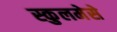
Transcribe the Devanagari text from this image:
स्कुलमेसे